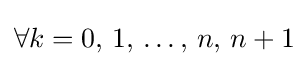
\forall k=0,\,1,\,\dots ,\,n,\,n+1